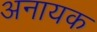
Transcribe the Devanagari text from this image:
अनायक